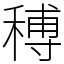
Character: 𥠵